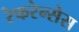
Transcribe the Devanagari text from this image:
रेफरेन्सेस